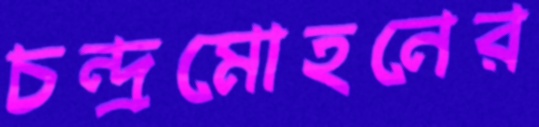
চন্দ্রমোহনের